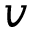
v